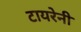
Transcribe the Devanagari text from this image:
टायरेनी